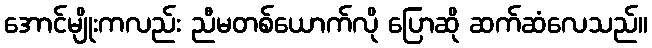
အောင်မျိုးကလည်း ညီမတစ်ယောက်လို ပြောဆို ဆက်ဆံလေသည်။